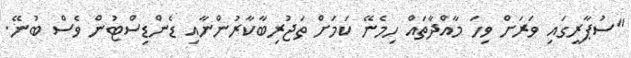
"ސުޕާރީގައި ވަރަށް ވިހަ މާއްދާތައް ހިމެނޭ ކަމަށް ތަޖުރިބާކާރުންނާއި ޑެންޑިސްޓުން ވެސް ބުނޭ.